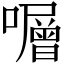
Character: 𡃆